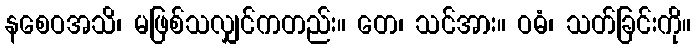
နစေဝအသိ၊ မဖြစ်သလျှင်ကတည်း။ တေ၊ သင်အား။ ဝဓံ၊ သတ်ခြင်းကို။